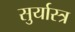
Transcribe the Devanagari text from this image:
सुर्यास्त्र